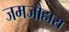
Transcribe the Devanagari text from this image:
जमजौहारा